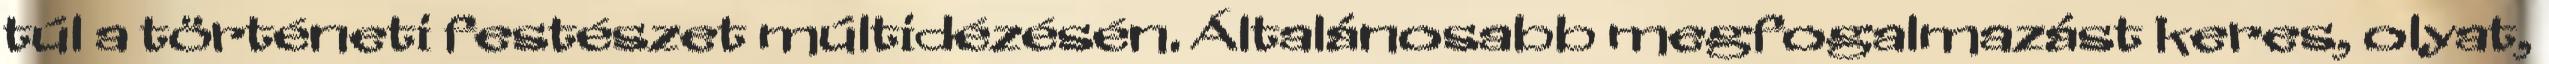
túl a történeti festészet múltidézésén. Általánosabb megfogalmazást keres, olyat,